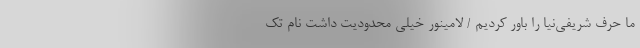
ما حرف شریفی‌نیا را باور کردیم / لامینور خیلی محدودیت داشت نام تک